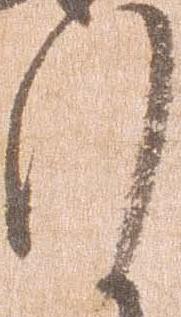
行